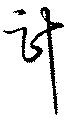
計